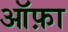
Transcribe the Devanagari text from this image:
ऑफ़ा